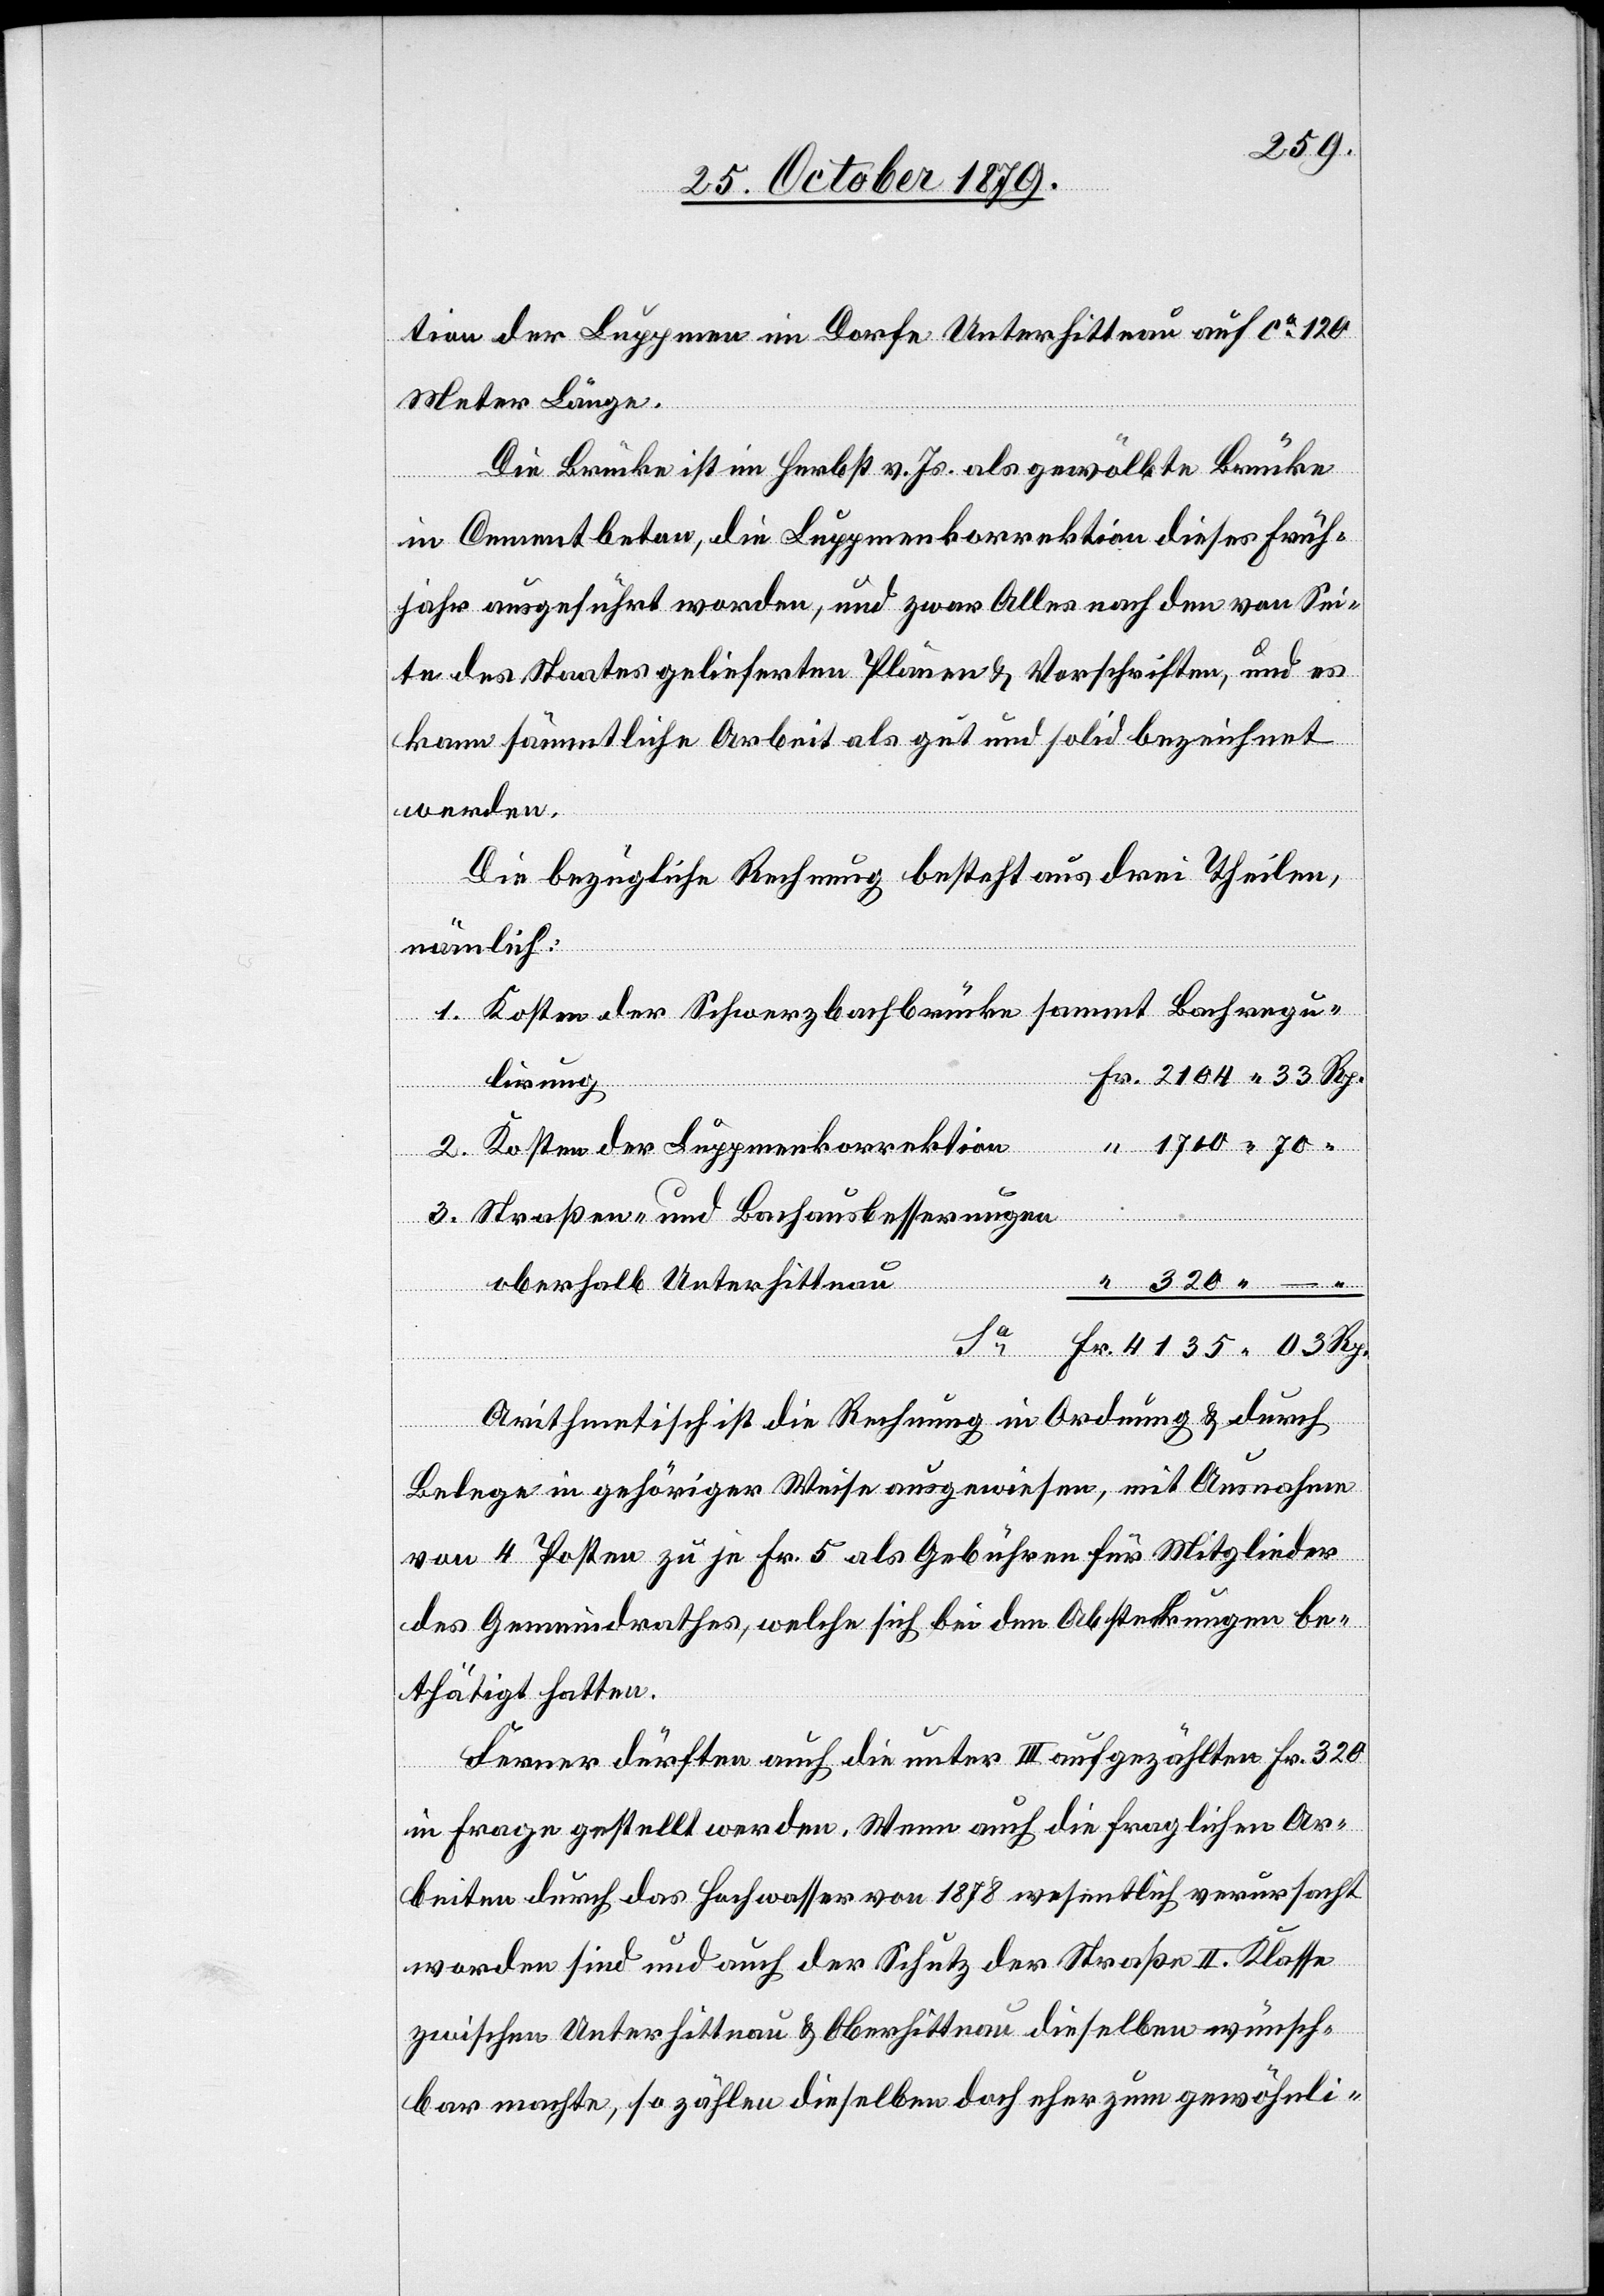
tion der Luppmen im Dorfe Unterhittnau auf ca 120
Meter Länge.
Die Brücke ist im Herbst v. Js. als gewölbte Brücke
in Cementbeton, die Luppmenkorrektion dieses Früh¬
jahr ausgeführt worden, und zwar Alles nach den von Sei¬
te des Staates gelieferten Plänen & Vorschriften, und es
kann sämmtliche Arbeit als gut und solid bezeichnet
werden.
Die bezügliche Rechnung besteht aus drei Theilen,
nämlich:
Kosten der Schwarzbachbrücke sammt Bachregu¬
Fr. 2104 33 Rp.
lirung
Sa
Kosten der Luppmenkorrektion
Fr.
Straßen- und Bachausbesserungen
oberhalb Unterhittnau
4135 03 Rp.
Arithmetisch ist die Rechnung in Ordnung & durch
Belege in gehöriger Weise ausgewiesen, mit Ausnahme
von 4 Posten zu je Fr. 5 als Gebühren für Mitglieder
des Gemeindrathes, welche sich bei den Absteckungen be¬
thätigt hatten.
Ferner dürften auch die unter III aufgezählten Fr. 320
in Frage gestellt werden. Wenn auch die fraglichen Ar¬
beiten durch das Hochwasser von 1878 wesentlich verursacht
worden sind und auch der Schutz der Straße II. Klasse
zwischen Unterhittnau & Oberhittnau dieselben wünsch¬
bar machte, so zählen dieselben doch eher zum gewöhnli-